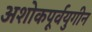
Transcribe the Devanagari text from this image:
अशोकपूर्वयुगीन